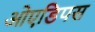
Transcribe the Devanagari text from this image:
ओएडिपस